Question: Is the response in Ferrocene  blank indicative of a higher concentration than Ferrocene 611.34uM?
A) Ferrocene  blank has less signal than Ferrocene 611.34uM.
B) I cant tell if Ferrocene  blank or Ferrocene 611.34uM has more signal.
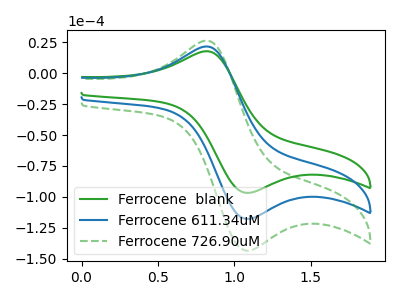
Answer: <think>The green curve "Ferrocene  blank" has an anodic peak at (0.80V, 17.65uA) and a cathodic peak at (1.05V, -96.70uA). The blue curve "Ferrocene 611.34uM" has an anodic peak at (0.80V, 21.50uA) and a cathodic peak at (1.05V, -117.75uA). The green dashed curve "Ferrocene 726.90uM" has an anodic peak at (0.80V, 42.95uA) and a cathodic peak at (1.05V, -235.50uA).
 All the peaks in "Ferrocene  blank" have a peak in "Ferrocene 611.34uM" at the same potential. Every peak in "Ferrocene  blank" is lower than every peak in "Ferrocene 611.34uM".</think>
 <answer>A) "Ferrocene  blank" has less signal than "Ferrocene 611.34uM".</answer>
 <eval>A</eval>